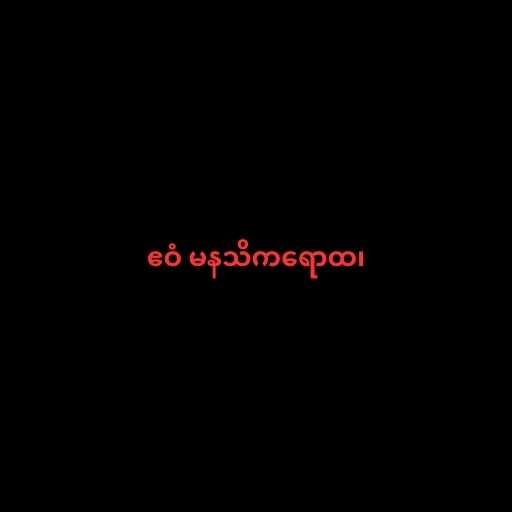
ဧဝံ မနသိကရောထ၊